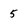
Character: 5